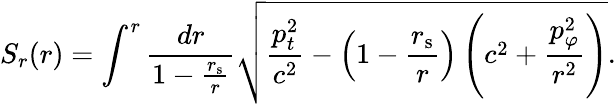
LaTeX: S_{r}(r)=\int^{r}{\frac{dr}{1-{\frac{r_{\mathrm{{s}}}}{r}}}}{\sqrt{{\frac{p_{t}^{2}}{c^{2}}}-\left(1-{\frac{r_{\mathrm{{s}}}}{r}}\right)\left(c^{2}+{\frac{p_{\varphi}^{2}}{r^{2}}}\right)}}.